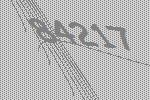
84217